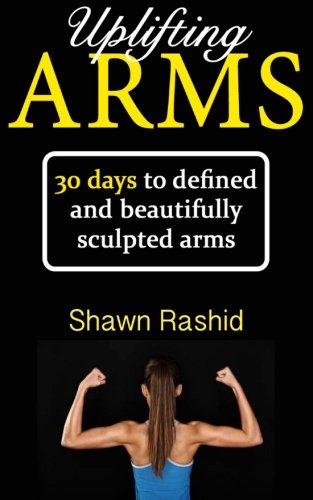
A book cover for Uplifting Arms: 30 days to Defined and Beautifully Sculpted Arms; Shawn Rashid; Health, Fitness & Dieting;